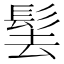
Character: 𩬨